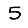
Digit: 5